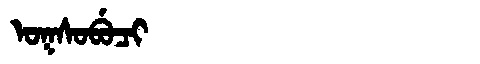
Manchu: ᠣᡴᠰᠣᠪᡠᠴᡳ
Romanization: OKSOBUCI